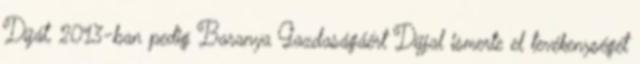
Díját, 2013-ban pedig Baranya Gazdaságáért Díjjal ismerte el tevékenységét